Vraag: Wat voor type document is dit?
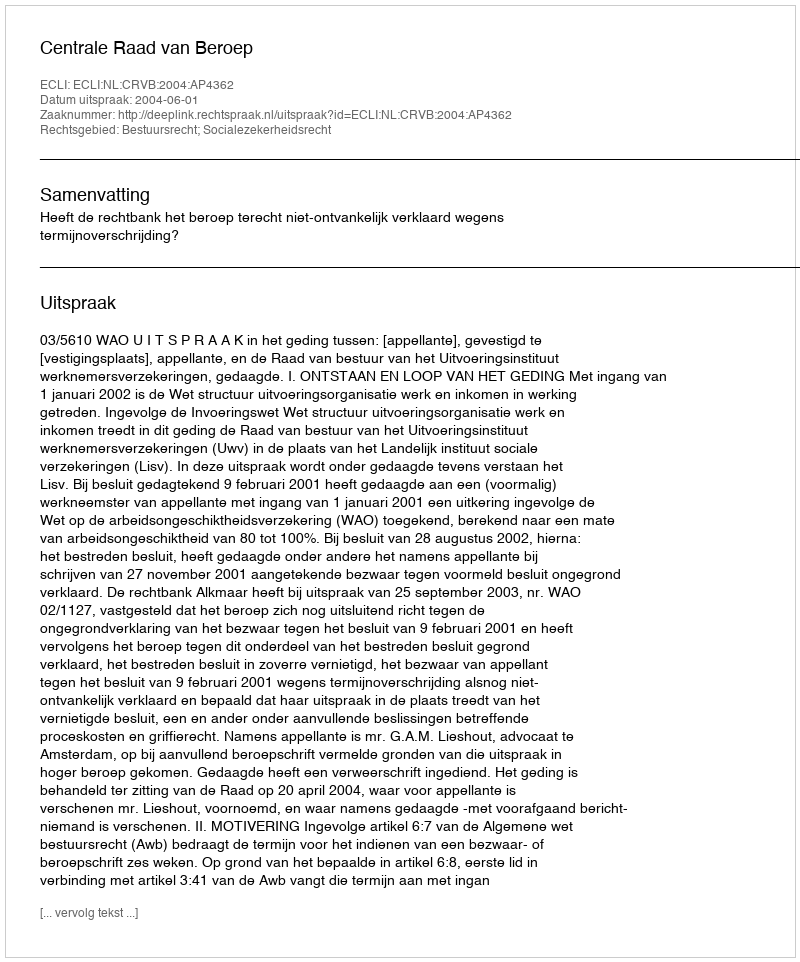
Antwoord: Uitspraak